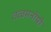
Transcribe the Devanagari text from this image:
तत्वमनीषी